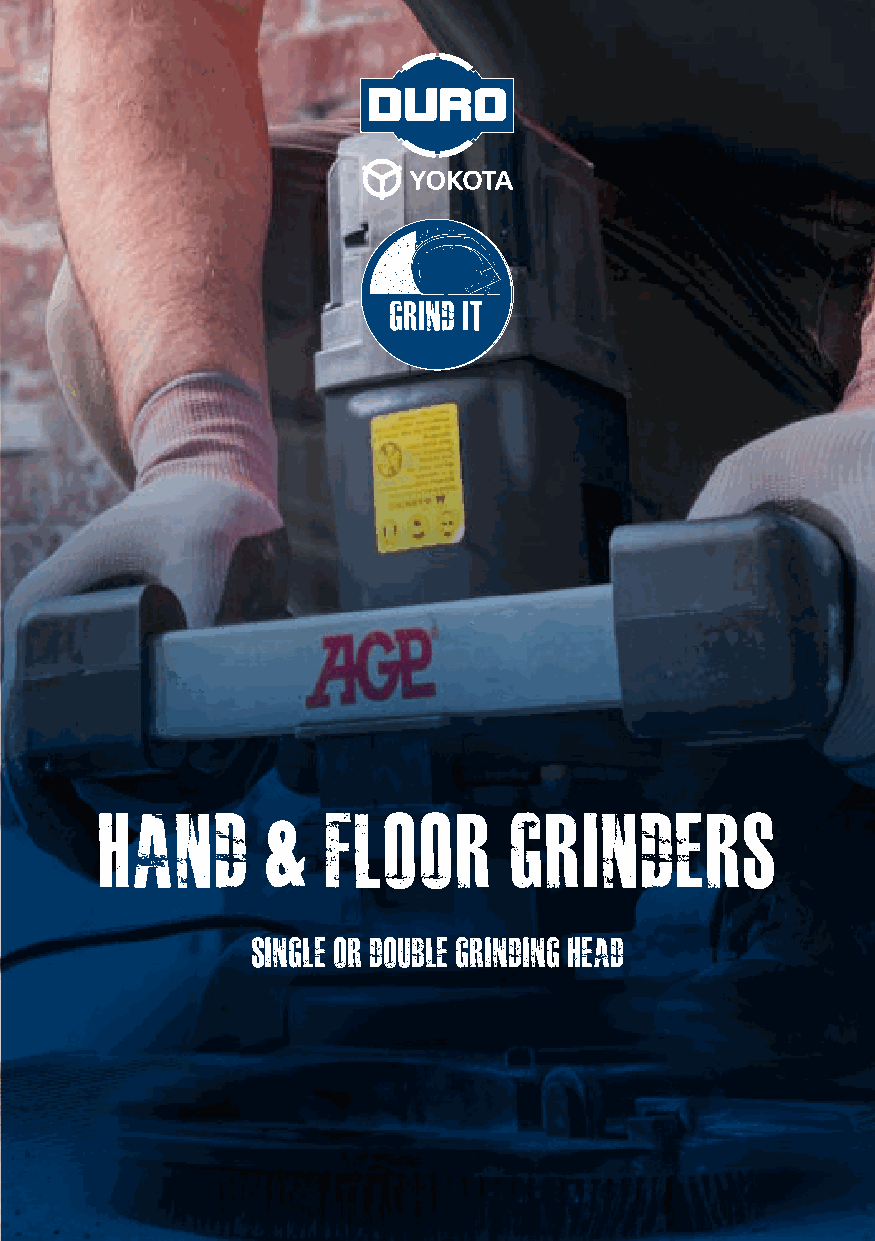
hand       &   floor       grinders
 single or double grinding head